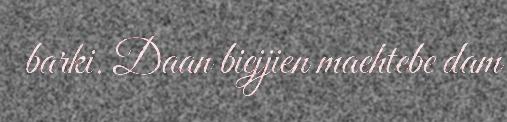
barki. Daan biejjien maehtebe dam